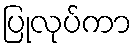
ပြုလုပ်ကာ